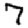
Digit: 7